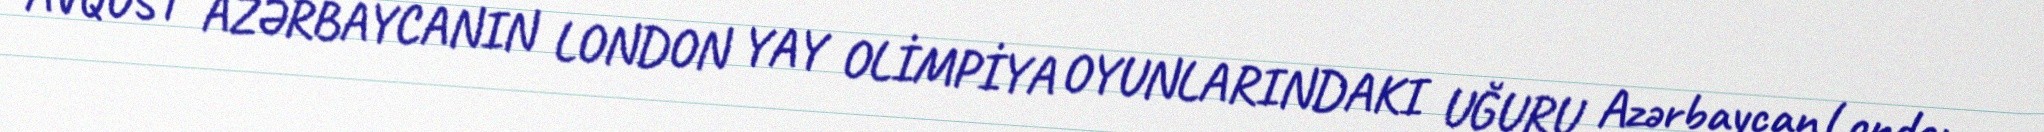
AVQUST AZƏRBAYCANIN LONDON YAY OLİMPİYA OYUNLARINDAKI UĞURU Azərbaycan London